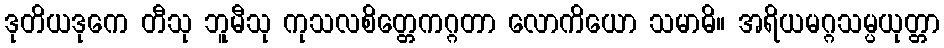
ဒုတိယဒုကေ တီသု ဘူမီသု ကုသလစိတ္တေကဂ္ဂတာ လောကိယော သမာဓိ။ အရိယမဂ္ဂသမ္ပယုတ္တာ